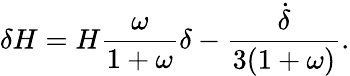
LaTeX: \delta H=H\frac{\omega}{1+\omega}\delta-\frac{\dot{\delta}}{3(1+\omega)}.